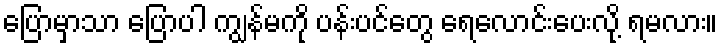
ပြောမှာသာ ပြောပါ ကျွန်မကို ပန်းပင်တွေ ရေလောင်းပေးလို့ ရမလား။